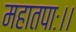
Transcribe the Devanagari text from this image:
महातपाः।।